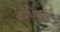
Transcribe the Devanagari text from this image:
करभेषतीर्थ